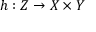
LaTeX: h : Z \to X \times Y